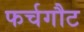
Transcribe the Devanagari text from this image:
फर्चगौट